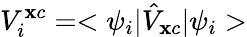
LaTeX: V_{i}^{\mathbf{x}c}=<\psi_{i}|\hat{{V}}_{\mathbf{x}c}|\psi_{i}>